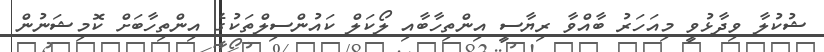
ޝުކުލާ ވިދާޅުވީ މިއަހަރު ބާއްވާ ރިޔާސީ އިންތިހާބާއި ލޯކަލް ކައުންސިލްތަކުގެ އިންތިހާބަށް ކޮމިޝަނުން